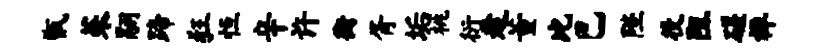
甑茱翮蹄狂恒辛许衡胥垢桃衍趁董比巴陛役阻磋禅